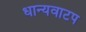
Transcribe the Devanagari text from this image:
धान्यवाटप